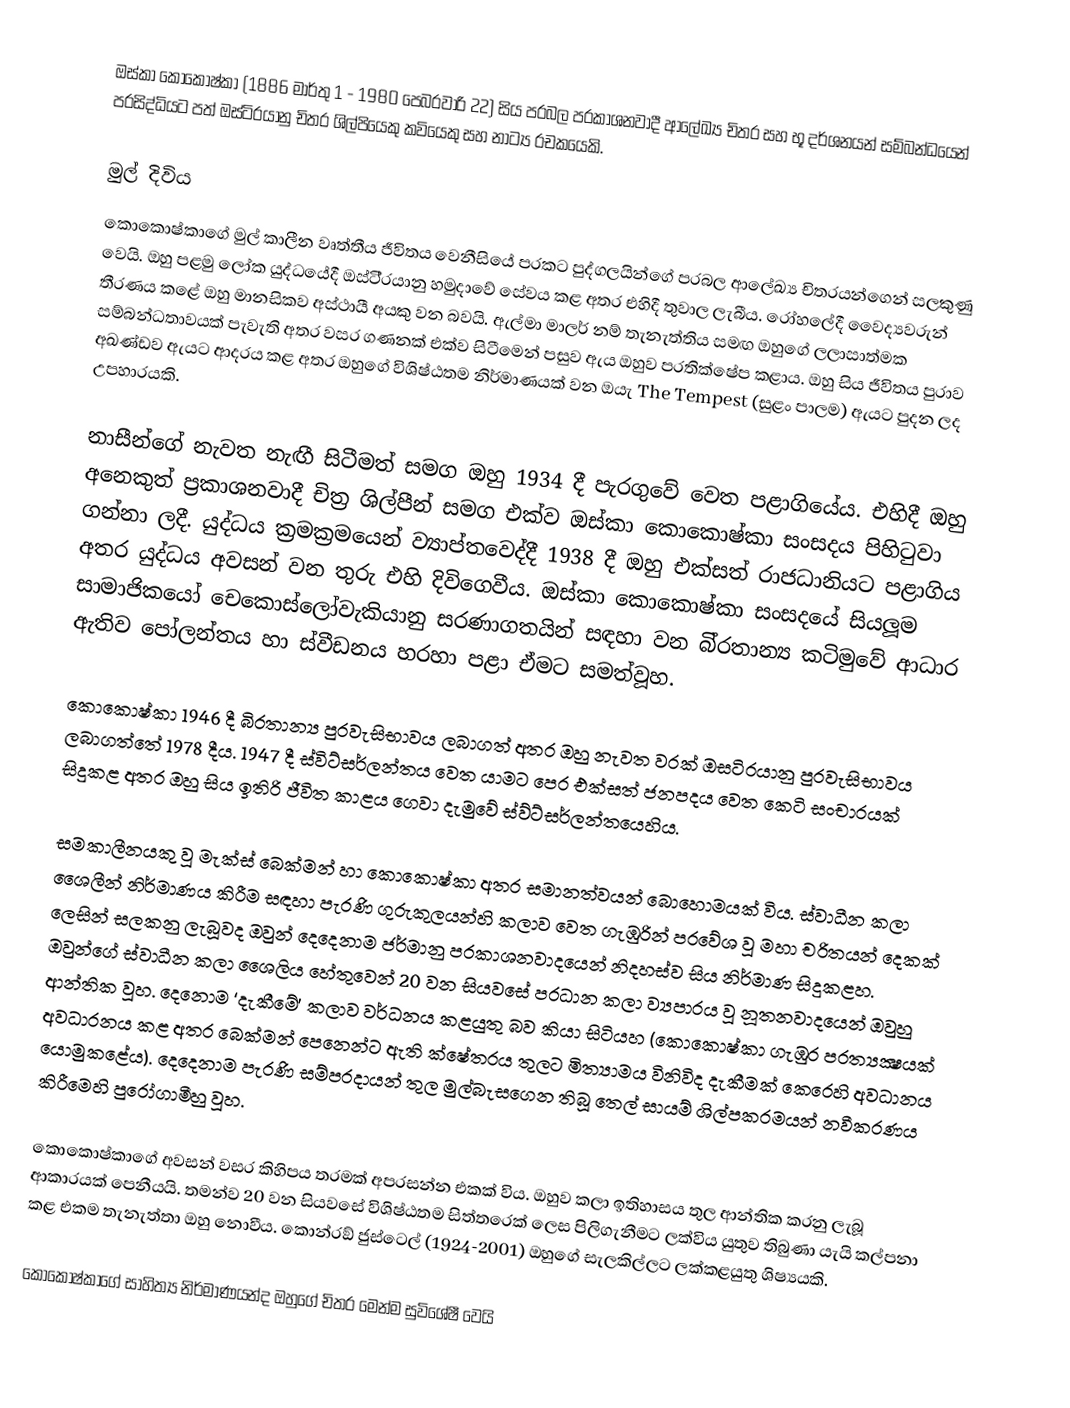
ඔස්කා කොකොෂ්කා (1886 මාර්තු 1 - 1980 පෙබරවාරි 22) සිය ප‍්‍රබල ප‍්‍රකාශනවාදී ආලේඛ්‍ය චිත‍්‍ර සහ භූ දර්ශනයන් සම්බන්ධයෙන් ප‍්‍රසිද්ධියට පත් ඔස්ටි‍්‍රයානු චිත‍්‍ර ශිල්පියෙකු කවියෙකු සහ නාට්‍ය රචකයෙකි.

මුල් දිවිය
කොකොෂ්කාගේ මුල් කාලීන වෘත්තීය ජීවිතය වෙනීසියේ ප‍්‍රකට පුද්ගලයින්ගේ ප‍්‍රබල ආලේඛ්‍ය චිත‍්‍රයන්ගෙන් සලකුණු වෙයි. ඔහු පළමු ලෝක යුද්ධයේදී ඔස්ටි‍්‍රයානු හමුදාවේ සේවය කළ අතර එහිදී තුවාල ලැබීය. රෝහලේදී වෛද්‍යවරුන් තීරණය කළේ ඔහු මානසිකව අස්ථායී අයකු වන බවයි. ඇල්මා මාලර් නම් තැනැත්තිය සමඟ ඔහුගේ ලලාසාත්මක සම්බන්ධතාවයක් පැවැති අතර වසර ගණනක් එක්ව සිටීමෙන් පසුව ඇය ඔහුව ප‍්‍රතික්ෂේප කළාය. ඔහු සිය ජීවිතය පුරාව අඛණ්ඩව ඇයට ආදරය කළ අතර ඔහුගේ විශිෂ්ඨතම නිර්මාණයක් වන ඔයැ The Tempest (සුළං පාලම) ඇයට පුදන ලද උපහාරයකි.

නාසීන්ගේ නැවත නැඟී සිටීමත් සමග ඔහු 1934 දී පැරගුවේ වෙත පළාගියේය. එහිදී ඔහු අනෙකුත් ප‍්‍රකාශනවාදී චිත‍්‍ර ශිල්පීන් සමග එක්ව ඔස්කා කොකොෂ්කා සංසදය පිහිටුවා ගන්නා ලදී. යුද්ධය ක‍්‍රමක‍්‍රමයෙන් ව්‍යාප්තවෙද්දී 1938 දී ඔහු එක්සත් රාජධානියට පළාගිය අතර යුද්ධය අවසන් වන තුරු එහි දිවිගෙවීය. ඔස්කා කොකොෂ්කා සංසදයේ සියලූම සාමාජිකයෝ චෙකොස්ලෝවැකියානු සරණාගතයින් සඳහා වන බි‍්‍රතාන්‍ය කටිමුවේ ආධාර ඇතිව පෝලන්තය හා ස්වීඩනය හරහා පළා ඒමට සමත්වූහ.

කොකොෂ්කා 1946 දී බි‍්‍රතාන්‍ය පුරවැසිභාවය ලබාගත් අතර ඔහු නැවත වරක් ඔසටි‍්‍රයානු පුරවැසිභාවය ලබාගත්තේ 1978 දීය. 1947 දී ස්විට්සර්ලන්තය වෙත යාමට පෙර එක්සත් ජනපදය වෙත කෙටි සංචාරයක් සිදුකළ අතර ඔහු සිය ඉතිරි ජීවිත කාළය ගෙවා දැමුවේ ස්ව්ට්සර්ලන්තයෙහිය.

සමකාලීනයකු වූ මැක්ස් බෙක්මන් හා කොකොෂ්කා අතර සමානත්වයන් බොහොමයක් විය. ස්වාධීන කලා ශෛලීන් නිර්මාණය කිරීම සඳහා පැරණි ගුරුකුලයන්හි කලාව වෙත ගැඹුරින් ප‍්‍රවේශ වූ මහා චරිතයන් දෙකක් ලෙසින් සලකනු ලැබූවද ඔවුන් දෙදෙනාම ජර්මානු ප‍්‍රකාශනවාදයෙන් නිදහස්ව සිය නිර්මාණ සිදුකළහ. ඔවුන්ගේ ස්වාධීන කලා ශෛලිය හේතුවෙන් 20 වන සියවසේ ප‍්‍රධාන කලා ව්‍යපාරය වූ නූතනවාදයෙන් ඔවුහු ආන්තික වූහ. දෙනොම ‘දැකීමේ’ කලාව වර්ධනය කළයුතු බව කියා සිටියහ (කොකොෂ්කා ගැඹුර ප‍්‍රත්‍යක්‍ෂයක් අවධාරනය කළ අතර බෙක්මන් පෙනෙන්ට ඇති ක්ෂේත‍්‍රය තුලට මිත්‍යාමය විනිවිද දැකීමක් කෙරෙහි අවධානය යොමුකළේය). දෙදෙනාම පැරණි සම්ප‍්‍රදායන් තුල මුල්බැසගෙන තිබූ තෙල් සායම් ශිල්පක‍්‍රමයන් නවීකරණය කිරීමෙහි පුරෝගාමීහු වූහ.

කොකොෂ්කාගේ අවසන් වසර කිහිපය තරමක් අප‍්‍රසන්න එකක් විය. ඔහුව කලා ඉතිහාසය තුල ආන්තික කරනු ලැබූ ආකාරයක් පෙනීයයි. තමන්ව 20 වන සියවසේ විශිෂ්ඨතම සිත්තරෙක් ලෙස පිලිගැනීමට ලක්විය යුතුව තිබුණා යැයි කල්පනා කළ එකම තැනැත්තා ඔහු නොවීය. කොන්රඞ් ජුස්ටෙල් (1924-2001) ඔහුගේ සැලකිල්ලට ලක්කළයුතු ශිෂ්‍යයකි.

කොකොෂ්කාගේ සාහිත්‍ය නිර්මාණයන්ද ඔහුගේ චිත‍්‍ර මෙන්ම සුවිශේෂී වෙයි